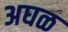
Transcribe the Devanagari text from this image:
अघळ